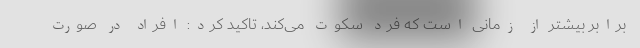
برابر بیشتر از زمانی است که فرد سکوت می‌کند، تاکید کرد: افراد در صورت